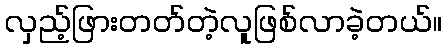
လှည့်ဖြားတတ်တဲ့လူဖြစ်လာခဲ့တယ်။